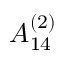
{ A } _ { 1 4 } ^ { ( 2 ) }